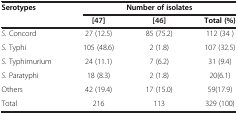
<table><thead><tr><td rowspan="2"><b>Serotypes</b></td><td colspan="3"><b>Number of isolates</b></td></tr><tr><td><b>[47]</b></td><td><b>[46]</b></td><td><b>Total (%)</b></td></tr></thead><tbody><tr><td><i>S.</i> Concord</td><td>27 (12.5)</td><td>85 (75.2)</td><td>112 (34 )</td></tr><tr><td><i>S.</i> Typhi</td><td>105 (48.6)</td><td>2 (1.8)</td><td>107 (32.5)</td></tr><tr><td><i>S.</i> Typhimurium</td><td>24 (11.1)</td><td>7 (6.2)</td><td>31 (9.4)</td></tr><tr><td><i>S.</i> Paratyphi</td><td>18 (8.3)</td><td>2 (1.8)</td><td>20(6.1)</td></tr><tr><td>Others</td><td>42 (19.4)</td><td>17 (15.0)</td><td>59(17.9)</td></tr><tr><td>Total</td><td>216</td><td>113</td><td>329 (100)</td></tr></tbody></table>